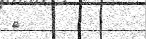
٥